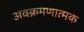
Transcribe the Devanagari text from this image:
अवक्रमणात्मक